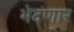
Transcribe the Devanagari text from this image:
भेदणार